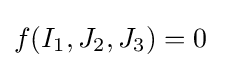
f(I_{1},J_{2},J_{3})=0~